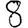
Digit: 8